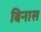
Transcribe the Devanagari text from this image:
बिनास